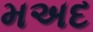
મઅદ